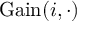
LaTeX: { \mathrm { G a i n } } ( i , \cdot )